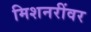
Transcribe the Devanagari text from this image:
मिशनरींवर